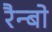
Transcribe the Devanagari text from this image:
रैन्बो